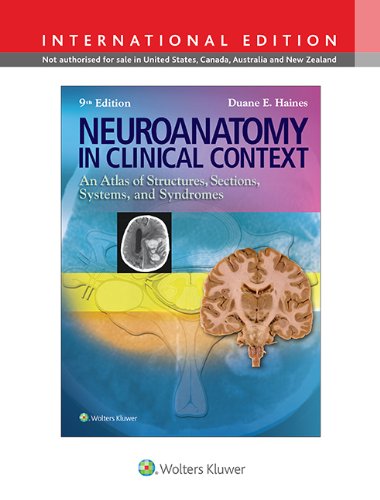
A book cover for Neuroanatomy in Clinical Context: An Atlas of Structures, Sections, Systems, and Syndromes; Duane E. Haines; Medical Books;